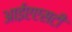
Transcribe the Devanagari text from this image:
आईएएसटी